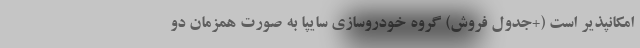
امکانپذیر است (+جدول فروش) گروه خودروسازی سایپا به صورت همزمان دو